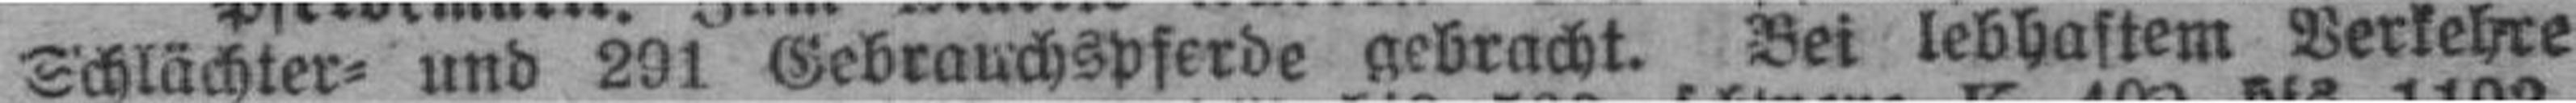
Schlächter= und 291 Gebrauchspferde gebracht. Bei lebhaftem Verkehre